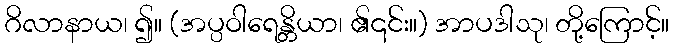
ဂိလာနာယ၊ ၍။ (အပ္ပဝါရေန္တိယာ၊ ၏၎င်း။) အာပဒါသု၊ တို့ကြောင့်။